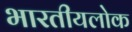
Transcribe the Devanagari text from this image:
भारतीयलोक